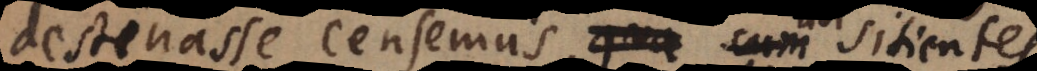
destinasse censemus, ubi sitientes